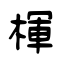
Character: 楎